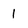
Character: 1